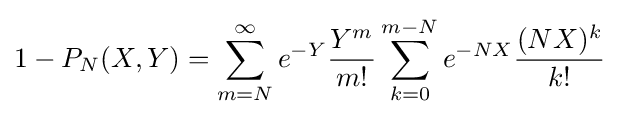
1-P_{N}(X,Y)=\sum _{m=N}^{\infty }e^{-Y}{\frac {Y^{m}}{m!}}\sum _{k=0}^{m-N}e^{-NX}{\frac {(NX)^{k}}{k!}}